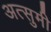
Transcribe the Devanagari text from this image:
अत्सुमी